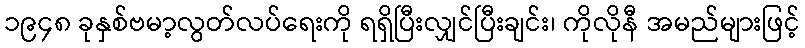
၁၉၄၈ ခုနှစ်ဗမာ့လွတ်လပ်ရေးကို ရရှိပြီးလျှင်ပြီးချင်း၊ ကိုလိုနီ အမည်များဖြင့်